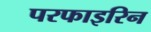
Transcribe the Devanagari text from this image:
परफाइरिन